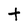
Character: t